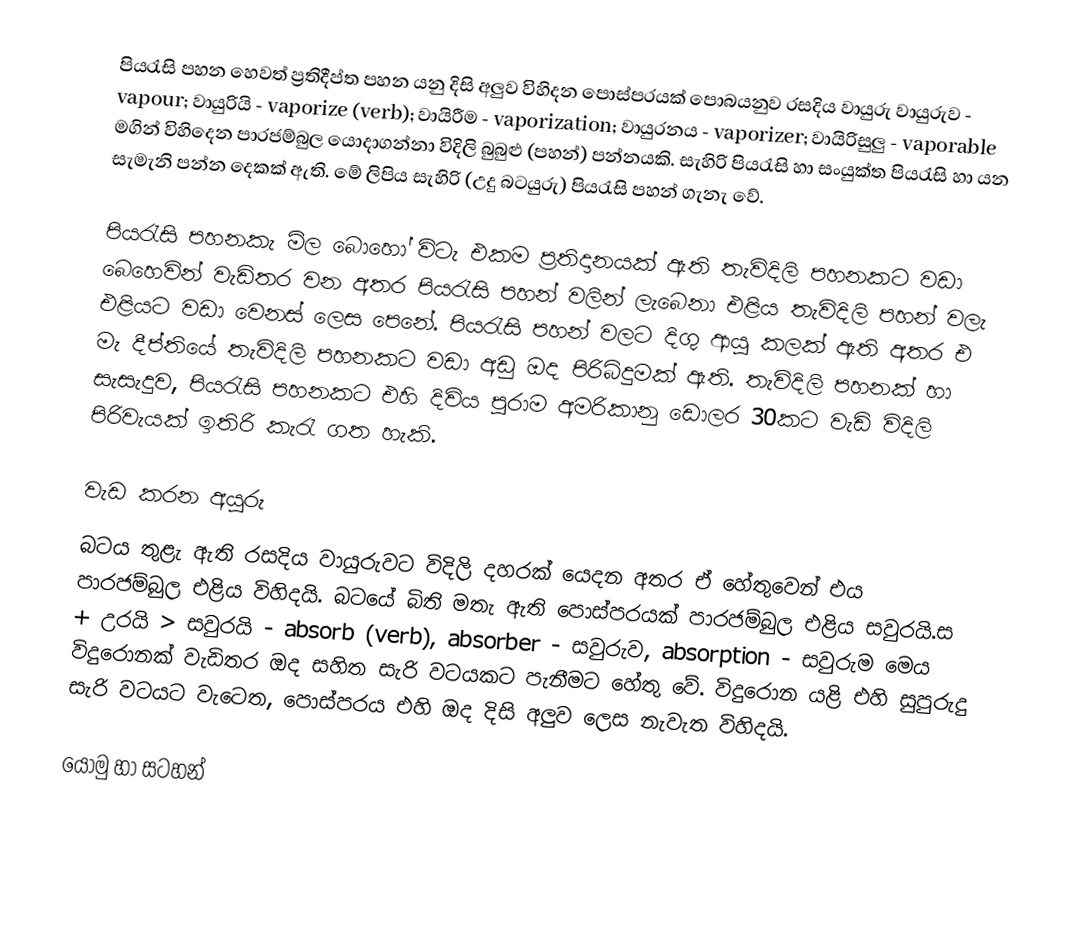
පියරැසි පහන හෙවත් ප්‍රතිදීප්ත පහන යනු දිසි අලුව විහිදන පොස්පරයක් පොබයනුව රසදිය වායුරු වායුරුව - vapour; වායුරියි - vaporize (verb); වායිරීම - vaporization; වායුරනය - vaporizer; වායිරිසුලු - vaporable මගින් විහිදෙන පාරජම්බුල යොදාගන්නා විදිලි බුබුළු (පහන්) පන්නයකි. සැහිරි පියරැසි හා සංයුක්ත පියරැසි හා යන සැමැනි පන්න දෙකක් ඇති. මේ ලිපිය සැහිරි (උදු බටයුරු) පියරැසි පහන් ගැනැ වේ.

පියරැසි පහනකැ මිල බොහෝ විටැ එකම ප්‍රතිදානයක් ඇති තැවිදිලි පහනකට වඩා බෙහෙවින් වැඩිතර වන අතර පියරැසි පහන් වලින් ලැබෙනා එළිය තැවිදිලි පහන් වලැ එළියට වඩා වෙනස් ලෙස පෙනේ. පියරැසි පහන් වලට දිගු ආයු කලක් ඇති අතර එ මැ දීප්තියේ තැවිදිලි පහනකට වඩා අඩු ඔද පිරිබිදුමක් ඇති. තැවිදිලි පහනක් හා සැසැදුව, පියරැසි පහනකට එහි දිවිය පුරාම අමරිකානු ඩොලර 30කට වැඩි විදිලි පිරිවැයක් ඉතිරි කැරැ ගත හැකි.

වැඩ කරන අයුරු
බටය තුළැ ඇති රසදිය වායුරුවට විදිලි දහරක් යෙදන අතර ඒ හේතුවෙන් එය පාරජම්බුල එළිය විහිදයි. බටයේ බිති මතැ ඇති පොස්පරයක් පාරජම්බුල එළිය සවුරයි.ස + උරයි > සවුරයි - absorb (verb), absorber - සවුරුව, absorption - සවුරුම  මෙය විදුරොනක් වැඩිතර ඔද සහිත සැරි වටයකට පැනීමට හේතු වේ. විදුරොන යළි එහි සුපුරුදු සැරි වටයට වැටෙත, පොස්පරය එහි ඔද දිසි අලුව ලෙස නැවැත විහිදයි.

යොමු හා සටහන්